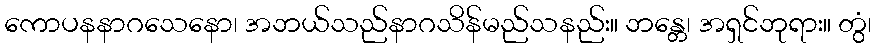
ကောပနနာဂသေနော၊ အဘယ်သည်နာဂသိန်မည်သနည်း။ ဘန္တေ၊ အရှင်ဘုရား။ တွံ၊